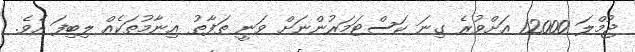
ޖުމްލަ 12000 އަށްވުރެ ގިނަ ކަސްޓަމަރުންނަށް ވަނީ ތަފާތު އިނާމުތަކެއް ލިބިފަ އެވެ.